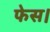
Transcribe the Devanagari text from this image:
फेस।